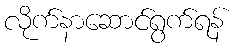
လိုက်နာဆောင်ရွက်ရန်